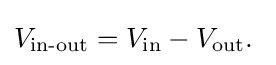
V_{\text{in-out}}=V_{\text{in}}-V_{\text{out}}.\